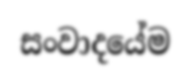
සංවාදයේම